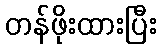
တန်ဖိုးထားပြီး